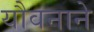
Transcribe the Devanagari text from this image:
यौवनाने